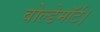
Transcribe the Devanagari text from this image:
वोल्डेमॉर्ट।